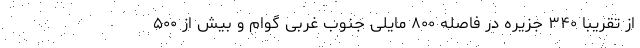
از تقریبا ۳۴۰ جزیره در فاصله ۸۰۰ مایلی جنوب غربی گوام و بیش از ۵۰۰